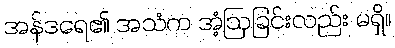
အန်ဒရေ၏ အသံက အံ့ဩခြင်းလည်း မရှိ။